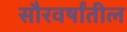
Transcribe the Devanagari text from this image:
सौरवर्षांतील